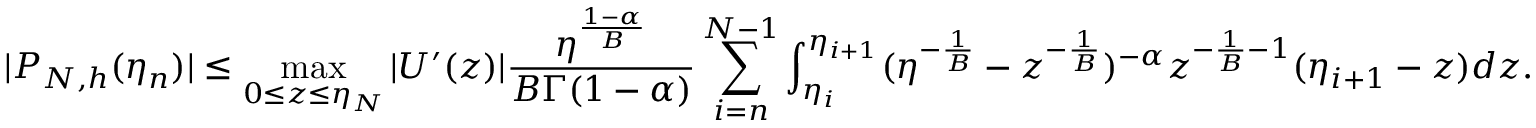
| P _ { N , h } ( \eta _ { n } ) | \leq \operatorname* { m a x } _ { 0 \leq z \leq \eta _ { N } } | U ^ { \prime } ( z ) | \frac { \eta ^ { \frac { 1 - \alpha } { B } } } { B \Gamma ( 1 - \alpha ) } \sum _ { i = n } ^ { N - 1 } \int _ { \eta _ { i } } ^ { \eta _ { i + 1 } } ( \eta ^ { - \frac { 1 } { B } } - z ^ { - \frac { 1 } { B } } ) ^ { - \alpha } z ^ { - \frac { 1 } { B } - 1 } ( \eta _ { i + 1 } - z ) d z .